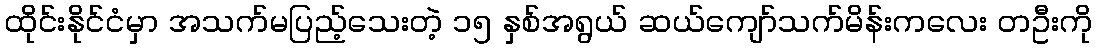
ထိုင်းနိုင်ငံမှာ အသက်မပြည့်သေးတဲ့ ၁၅ နှစ်အရွယ် ဆယ်ကျော်သက်မိန်းကလေး တဦးကို